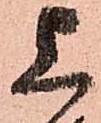
上